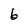
Character: 6